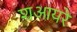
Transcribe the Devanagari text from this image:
शआयरे